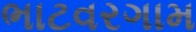
ભાટવરગામ